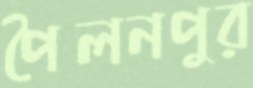
পৈলনপুর